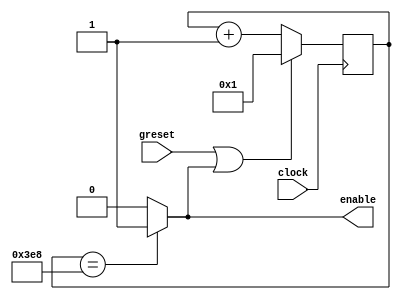
`timescale 1ns / 1ps
//////////////////////////////////////////////////////////////////////////////////
// Company: 
// Engineer: 
// 
// Design Name: 
// Module Name:    clkEnable_gen 
// Project Name: 
// Target Devices: 
// Tool versions: 
// Description: 
//
// Dependencies: 
//
// Revision: 
// Revision 0.01 - File Created
// Additional Comments: 
//
//////////////////////////////////////////////////////////////////////////////////
module clkEnable_gen
	#(parameter DES_CLOCK = 1000,
	parameter SYS_CLOCK = 5000000) 
	(
    output reg enable,
    input clock,
	 input greset
    );
	 
	 reg [31:0]count;
	 reg lreset;
	 wire rst;
	 initial count =31'b1;
	 initial lreset = 1;
	 initial enable = 0;
	 
	 assign rst = greset | lreset;
	 always @(posedge clock)
	 begin
		if(rst)
			count <= 1;
		else
			count <= count+1;
	 end
	 
	 always @*
	 begin
		if(count==DES_CLOCK)
		begin
			enable = 1;
			lreset = 1;
		end
		else
		begin
			enable = 0;
			lreset =0;
		end
	 end
	 

endmodule